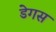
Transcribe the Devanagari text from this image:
डेगस